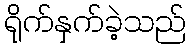
ရိုက်နှက်ခဲ့သည်